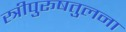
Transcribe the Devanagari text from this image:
स्त्रीपुरूषतुलना